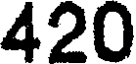
420